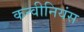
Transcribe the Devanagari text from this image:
कन्वीनियंस